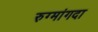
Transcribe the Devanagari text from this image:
रुग्मांगदा